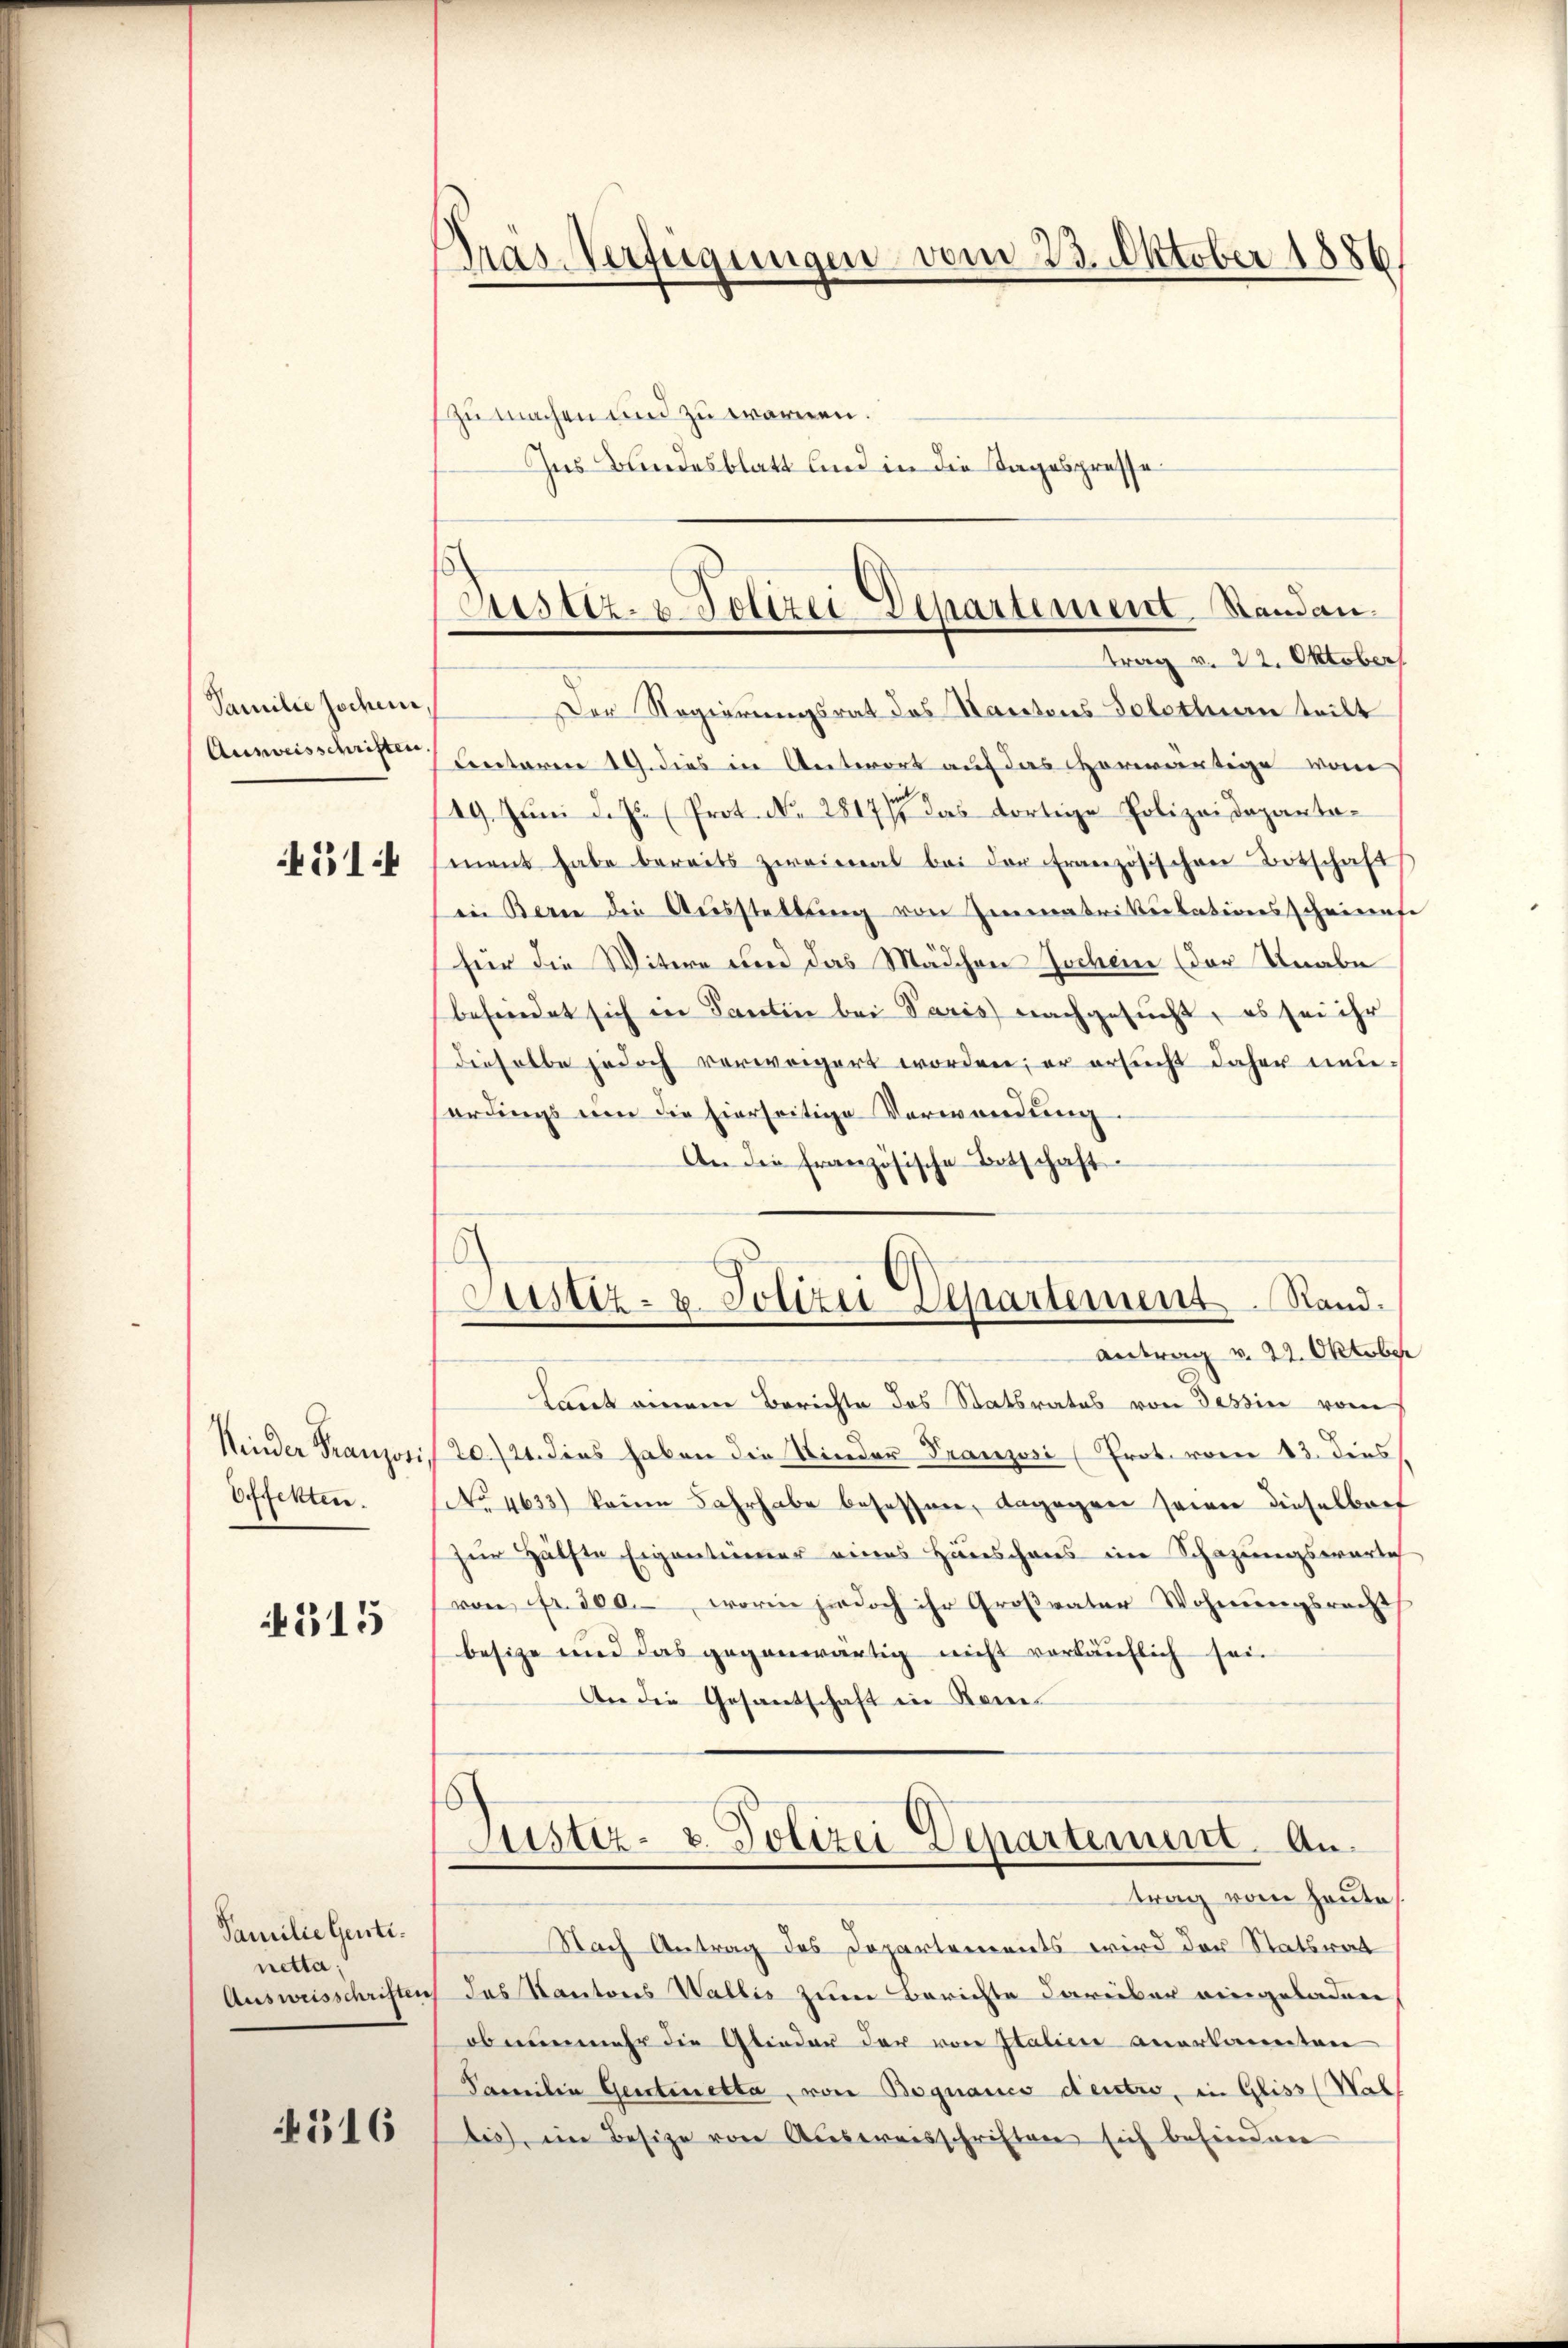
Familie Jochen
Ausweisschriften
451

Kinder Franzosi
Effekten.

315

Familie Gentinetta,

4316

Tras Verfügungen vom 23. Oktober 1886

zu machen und zu warnen.
Ins Bundesblatt und in die Tagespresse

Der Regierungsrat des Nantons Telettern teilt
Lnteren 19. dies in Antwort auf das Vorwärtige vom
19. Juni d.J. (Prot. No. 28177 das dortige Polizeidepartament habe bereits zweimal bei der Französischen Botschaft
in Berne die Aŭsstellung von Immatrikulationsscheinufe
für die Witwe und das Mädchen Jochein (der Knabe
befriedet sich in Santin bei Paris nachgesucht, es sei ihr
Dieselbe jedoch verweigert worden; er ersucht daher neuhordings um die hierseitige Verwendung.
An die französische Betschaft
Justiz- & Polizei Departement Stand.
Antrag v. 22. Oktober
Laut einem Berichte des Statsrates von dessin vom
20./21. dies haben die Kinder Franzosi (Prot. vom 13. dies
(No 4633) kaum Jahrhabe besessen, dagegen seien dieselbert
zur Hälfte Eigentümer eines Hinschaus im Schazungswarte
von fr. 300. worin jedoch ihr Großvater Wohnungsrecht
besize und das gegenwärtig nicht vorläuflich sein
An die Gesantschaft in Kem¬

Justiz- & Polizei Departement. Standantrag v. 22. Oktober

.
Justiz- & Polizei Departement. Antrag vom heute

Nach Antrag des Departements wird der Statsrat
Ausweisschriften des Kantons Wallis zum Berichte darüber eingeladen
ob nunmehr die Glieder der von Italien anerkannten
Familie Gentinetta, von Bognaues d’entro, in Gliss (Wal
bis, ein Besize von Ausweisschriften sich befindene